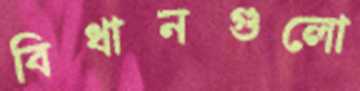
বিধানগুলো